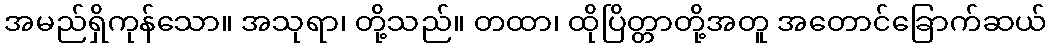
အမည်ရှိကုန်သော။ အသုရာ၊ တို့သည်။ တထာ၊ ထိုပြိတ္တာတို့အတူ အတောင်ခြောက်ဆယ်